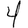
Digit: 4